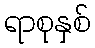
ရာစုနှစ်